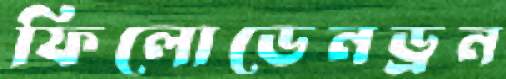
ফিলোডেনড্রন